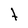
Character: t